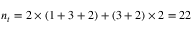
n _ { t } = 2 \times ( 1 + 3 + 2 ) + ( 3 + 2 ) \times 2 = 2 2